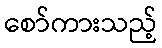
စော်ကားသည့်